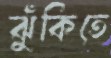
ঝুঁকিতে